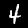
Digit: 4